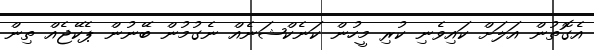
އެގޮތުން އަލަށް ކައިވެނި ކުރި މީހުން ކަނެކްޝަނެއް ނެގުމުން ބޭނުން ޕެކޭޖެއް ތިން